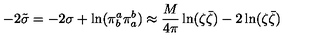
- 2 \tilde { \sigma } = - 2 \sigma + \ln ( \pi _ { b } ^ { a } \pi _ { a } ^ { b } ) \approx \frac { M } { 4 \pi } \ln ( \zeta \bar { \zeta } ) - 2 \ln ( \zeta \bar { \zeta } )